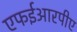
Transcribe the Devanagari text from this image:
एफईआरपीए